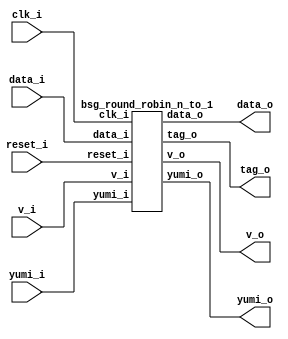


module top
(
  clk_i,
  reset_i,
  data_i,
  v_i,
  yumi_o,
  v_o,
  data_o,
  tag_o,
  yumi_i
);

  input [31:0] data_i;
  input [1:0] v_i;
  output [1:0] yumi_o;
  output [15:0] data_o;
  output [0:0] tag_o;
  input clk_i;
  input reset_i;
  input yumi_i;
  output v_o;

  bsg_round_robin_n_to_1
  wrapper
  (
    .data_i(data_i),
    .v_i(v_i),
    .yumi_o(yumi_o),
    .data_o(data_o),
    .tag_o(tag_o),
    .clk_i(clk_i),
    .reset_i(reset_i),
    .yumi_i(yumi_i),
    .v_o(v_o)
  );


endmodule



module bsg_round_robin_arb_inputs_p2
(
  clk_i,
  reset_i,
  grants_en_i,
  reqs_i,
  grants_o,
  sel_one_hot_o,
  v_o,
  tag_o,
  yumi_i
);

  input [1:0] reqs_i;
  output [1:0] grants_o;
  output [1:0] sel_one_hot_o;
  output [0:0] tag_o;
  input clk_i;
  input reset_i;
  input grants_en_i;
  input yumi_i;
  output v_o;
  wire [1:0] grants_o,sel_one_hot_o;
  wire [0:0] tag_o,last_r;
  wire v_o,N0,N1,N2,N3,N4,N5,N6,N7,N8,N9,N10,N11,N12,N13,N14,N15;
  reg last_r_0_sv2v_reg;
  assign last_r[0] = last_r_0_sv2v_reg;
  assign N11 = N0 & N1;
  assign N0 = ~reqs_i[1];
  assign N1 = ~reqs_i[0];
  assign N12 = reqs_i[1] & N2;
  assign N2 = ~last_r[0];
  assign N13 = N3 & reqs_i[0] & N4;
  assign N3 = ~reqs_i[1];
  assign N4 = ~last_r[0];
  assign N14 = reqs_i[0] & last_r[0];
  assign N15 = reqs_i[1] & N5 & last_r[0];
  assign N5 = ~reqs_i[0];
  assign sel_one_hot_o = (N6)? { 1'b0, 1'b0 } : 
                         (N7)? { 1'b1, 1'b0 } : 
                         (N8)? { 1'b0, 1'b1 } : 
                         (N9)? { 1'b0, 1'b1 } : 
                         (N10)? { 1'b1, 1'b0 } : 1'b0;
  assign N6 = N11;
  assign N7 = N12;
  assign N8 = N13;
  assign N9 = N14;
  assign N10 = N15;
  assign tag_o[0] = (N6)? 1'b0 : 
                    (N7)? 1'b1 : 
                    (N8)? 1'b0 : 
                    (N9)? 1'b0 : 
                    (N10)? 1'b1 : 1'b0;
  assign grants_o[1] = sel_one_hot_o[1] & grants_en_i;
  assign grants_o[0] = sel_one_hot_o[0] & grants_en_i;
  assign v_o = reqs_i[1] | reqs_i[0];

  always @(posedge clk_i) begin
    if(reset_i) begin
      last_r_0_sv2v_reg <= 1'b0;
    end else if(yumi_i) begin
      last_r_0_sv2v_reg <= tag_o[0];
    end 
  end


endmodule



module bsg_mux_one_hot_width_p16_els_p2
(
  data_i,
  sel_one_hot_i,
  data_o
);

  input [31:0] data_i;
  input [1:0] sel_one_hot_i;
  output [15:0] data_o;
  wire [15:0] data_o;
  wire [31:0] data_masked;
  assign data_masked[15] = data_i[15] & sel_one_hot_i[0];
  assign data_masked[14] = data_i[14] & sel_one_hot_i[0];
  assign data_masked[13] = data_i[13] & sel_one_hot_i[0];
  assign data_masked[12] = data_i[12] & sel_one_hot_i[0];
  assign data_masked[11] = data_i[11] & sel_one_hot_i[0];
  assign data_masked[10] = data_i[10] & sel_one_hot_i[0];
  assign data_masked[9] = data_i[9] & sel_one_hot_i[0];
  assign data_masked[8] = data_i[8] & sel_one_hot_i[0];
  assign data_masked[7] = data_i[7] & sel_one_hot_i[0];
  assign data_masked[6] = data_i[6] & sel_one_hot_i[0];
  assign data_masked[5] = data_i[5] & sel_one_hot_i[0];
  assign data_masked[4] = data_i[4] & sel_one_hot_i[0];
  assign data_masked[3] = data_i[3] & sel_one_hot_i[0];
  assign data_masked[2] = data_i[2] & sel_one_hot_i[0];
  assign data_masked[1] = data_i[1] & sel_one_hot_i[0];
  assign data_masked[0] = data_i[0] & sel_one_hot_i[0];
  assign data_masked[31] = data_i[31] & sel_one_hot_i[1];
  assign data_masked[30] = data_i[30] & sel_one_hot_i[1];
  assign data_masked[29] = data_i[29] & sel_one_hot_i[1];
  assign data_masked[28] = data_i[28] & sel_one_hot_i[1];
  assign data_masked[27] = data_i[27] & sel_one_hot_i[1];
  assign data_masked[26] = data_i[26] & sel_one_hot_i[1];
  assign data_masked[25] = data_i[25] & sel_one_hot_i[1];
  assign data_masked[24] = data_i[24] & sel_one_hot_i[1];
  assign data_masked[23] = data_i[23] & sel_one_hot_i[1];
  assign data_masked[22] = data_i[22] & sel_one_hot_i[1];
  assign data_masked[21] = data_i[21] & sel_one_hot_i[1];
  assign data_masked[20] = data_i[20] & sel_one_hot_i[1];
  assign data_masked[19] = data_i[19] & sel_one_hot_i[1];
  assign data_masked[18] = data_i[18] & sel_one_hot_i[1];
  assign data_masked[17] = data_i[17] & sel_one_hot_i[1];
  assign data_masked[16] = data_i[16] & sel_one_hot_i[1];
  assign data_o[0] = data_masked[16] | data_masked[0];
  assign data_o[1] = data_masked[17] | data_masked[1];
  assign data_o[2] = data_masked[18] | data_masked[2];
  assign data_o[3] = data_masked[19] | data_masked[3];
  assign data_o[4] = data_masked[20] | data_masked[4];
  assign data_o[5] = data_masked[21] | data_masked[5];
  assign data_o[6] = data_masked[22] | data_masked[6];
  assign data_o[7] = data_masked[23] | data_masked[7];
  assign data_o[8] = data_masked[24] | data_masked[8];
  assign data_o[9] = data_masked[25] | data_masked[9];
  assign data_o[10] = data_masked[26] | data_masked[10];
  assign data_o[11] = data_masked[27] | data_masked[11];
  assign data_o[12] = data_masked[28] | data_masked[12];
  assign data_o[13] = data_masked[29] | data_masked[13];
  assign data_o[14] = data_masked[30] | data_masked[14];
  assign data_o[15] = data_masked[31] | data_masked[15];

endmodule



module bsg_crossbar_o_by_i_i_els_p2_o_els_p1_width_p16
(
  i,
  sel_oi_one_hot_i,
  o
);

  input [31:0] i;
  input [1:0] sel_oi_one_hot_i;
  output [15:0] o;
  wire [15:0] o;

  bsg_mux_one_hot_width_p16_els_p2
  \l_0_.mux_one_hot 
  (
    .data_i(i),
    .sel_one_hot_i(sel_oi_one_hot_i),
    .data_o(o)
  );


endmodule



module bsg_round_robin_n_to_1
(
  clk_i,
  reset_i,
  data_i,
  v_i,
  yumi_o,
  v_o,
  data_o,
  tag_o,
  yumi_i
);

  input [31:0] data_i;
  input [1:0] v_i;
  output [1:0] yumi_o;
  output [15:0] data_o;
  output [0:0] tag_o;
  input clk_i;
  input reset_i;
  input yumi_i;
  output v_o;
  wire [1:0] yumi_o,\greedy.grants_lo ;
  wire [15:0] data_o;
  wire [0:0] tag_o;
  wire v_o,_1_net_,sv2v_dc_1,sv2v_dc_2;

  bsg_round_robin_arb_inputs_p2
  \greedy.scan0.rr_arb_ctrl 
  (
    .clk_i(clk_i),
    .reset_i(reset_i),
    .grants_en_i(1'b1),
    .reqs_i(v_i),
    .grants_o(\greedy.grants_lo ),
    .sel_one_hot_o({ sv2v_dc_1, sv2v_dc_2 }),
    .v_o(v_o),
    .tag_o(tag_o[0]),
    .yumi_i(_1_net_)
  );


  bsg_crossbar_o_by_i_i_els_p2_o_els_p1_width_p16
  \greedy.xbar 
  (
    .i(data_i),
    .sel_oi_one_hot_i(\greedy.grants_lo ),
    .o(data_o)
  );

  assign _1_net_ = yumi_i & v_o;
  assign yumi_o[1] = \greedy.grants_lo [1] & yumi_i;
  assign yumi_o[0] = \greedy.grants_lo [0] & yumi_i;

endmodule